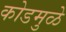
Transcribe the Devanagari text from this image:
कोडमुळे